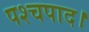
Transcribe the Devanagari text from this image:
पश्चपाद।